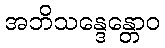
အဘိသန္ဒေန္တောဝ